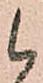
候